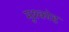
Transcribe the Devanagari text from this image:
मुश्कोह